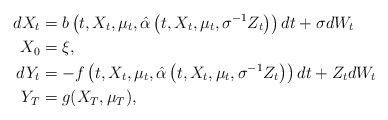
\begin{align*} dX_t&=b\left(t,X_t,\mu_{t},\hat{\alpha}\left(t,X_t,\mu_{t},\sigma^{-1}Z_t\right)\right)dt+\sigma dW_t \\ X_0&=\xi ,\\ dY_t&=-f\left(t,X_t,\mu_{t},\hat{\alpha}\left(t,X_t,\mu_{t},\sigma^{-1}Z_t\right)\right)dt+Z_t dW_t \\ Y_T&=g(X_T,\mu_{T}),\end{align*}